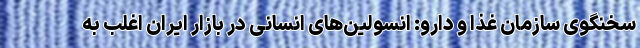
سخنگوی سازمان غذا و دارو: انسولین‌های انسانی در بازار ایران اغلب به